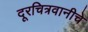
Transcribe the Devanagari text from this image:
दूरचित्रवानीचे